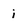
Character: i